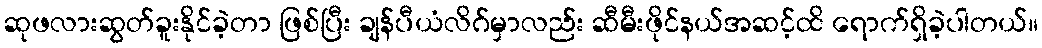
ဆုဖလားဆွတ်ခူးနိုင်ခဲ့တာ ဖြစ်ပြီး ချန်ပီယံလိဂ်မှာလည်း ဆီမီးဖိုင်နယ်အဆင့်ထိ ရောက်ရှိခဲ့ပါတယ်။